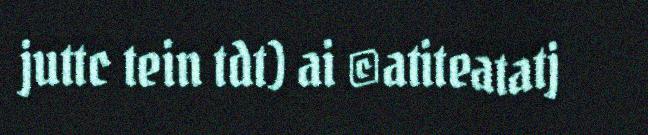
juttc tein tdt) ai ©atiteatatj